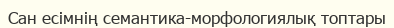
Сан есімнің семантика-морфологиялық топтары